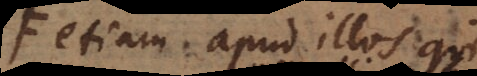
etiam apud illos qui